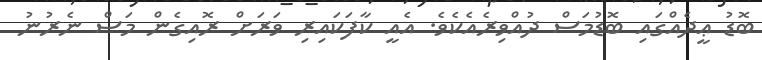
ބޮޑު ޢީދެއްގައި ބޮޑުމަސް ދުއްވިރެއެކެވެ. އެއީ ކާފަކައިރި ވަރަށް ރޮއިގެން މަސް ނެރުނު